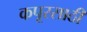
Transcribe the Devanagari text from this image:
कपूरसाठी